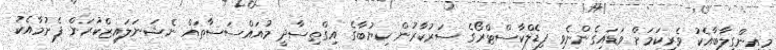
މިއިންގިލާބާއެކު ވެރިކަމަށް ވަޑައިގެންނެވި ފިޑެލްކާސްޓްރޯގެ ސަރުކާރުން ކިޔުބާގެ އިގްތިސާދީ މުއައްސަސާތައް ނެޝަނަލައިޒްކުރަން ފެށުމާއެކު